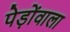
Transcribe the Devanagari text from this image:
पेड़ोंवाला